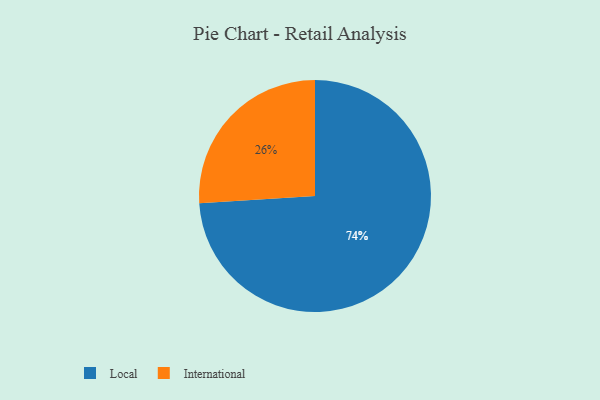
{"axis": {"x": "Category", "y": "Percentage"}, "legend": ["International", "Local"], "data": [{"x": "International", "y": 26, "type": "International"}, {"x": "Local", "y": 74, "type": "Local"}]}